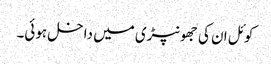
کوئل ان کی جھونپڑی میں داخل ہوئی۔